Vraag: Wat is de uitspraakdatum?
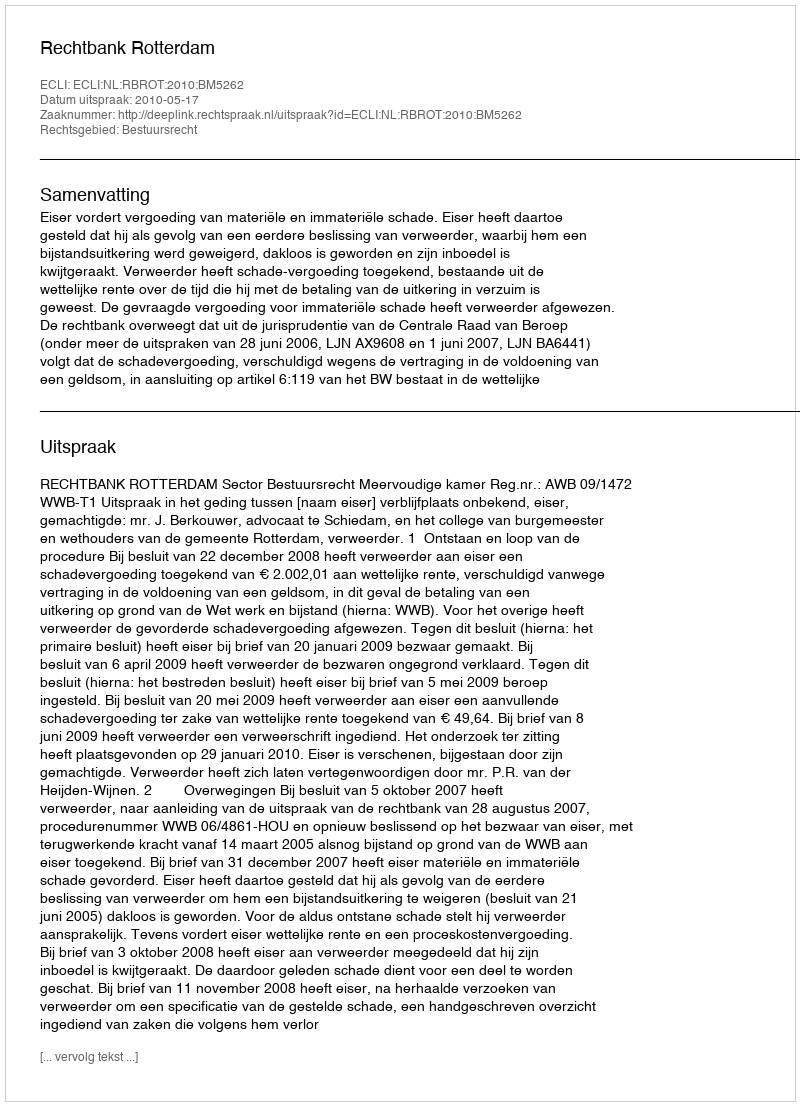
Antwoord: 2010-05-17